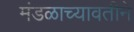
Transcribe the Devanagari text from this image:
मंडळाच्यावतीने